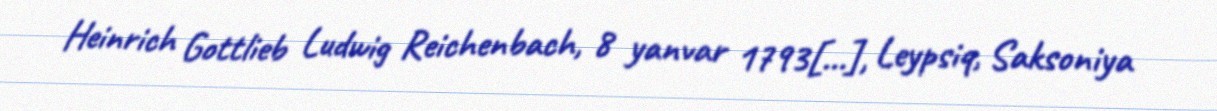
Heinrich Gottlieb Ludwig Reichenbach, 8 yanvar 1793[…], Leypsiq, Saksoniya